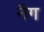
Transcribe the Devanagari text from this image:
नैग